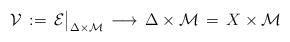
LaTeX: \begin{align*}{\mathcal V}\,:=\, {\mathcal E}\big\vert_{\Delta\times {\mathcal M}}\, \longrightarrow\, \Delta\times {\mathcal M}\,=\, X\times {\mathcal M}\end{align*}